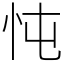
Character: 忳